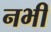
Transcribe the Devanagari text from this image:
नभीं